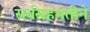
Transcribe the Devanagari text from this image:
सर्वसहमतीने